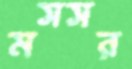
মসসর